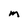
Character: M